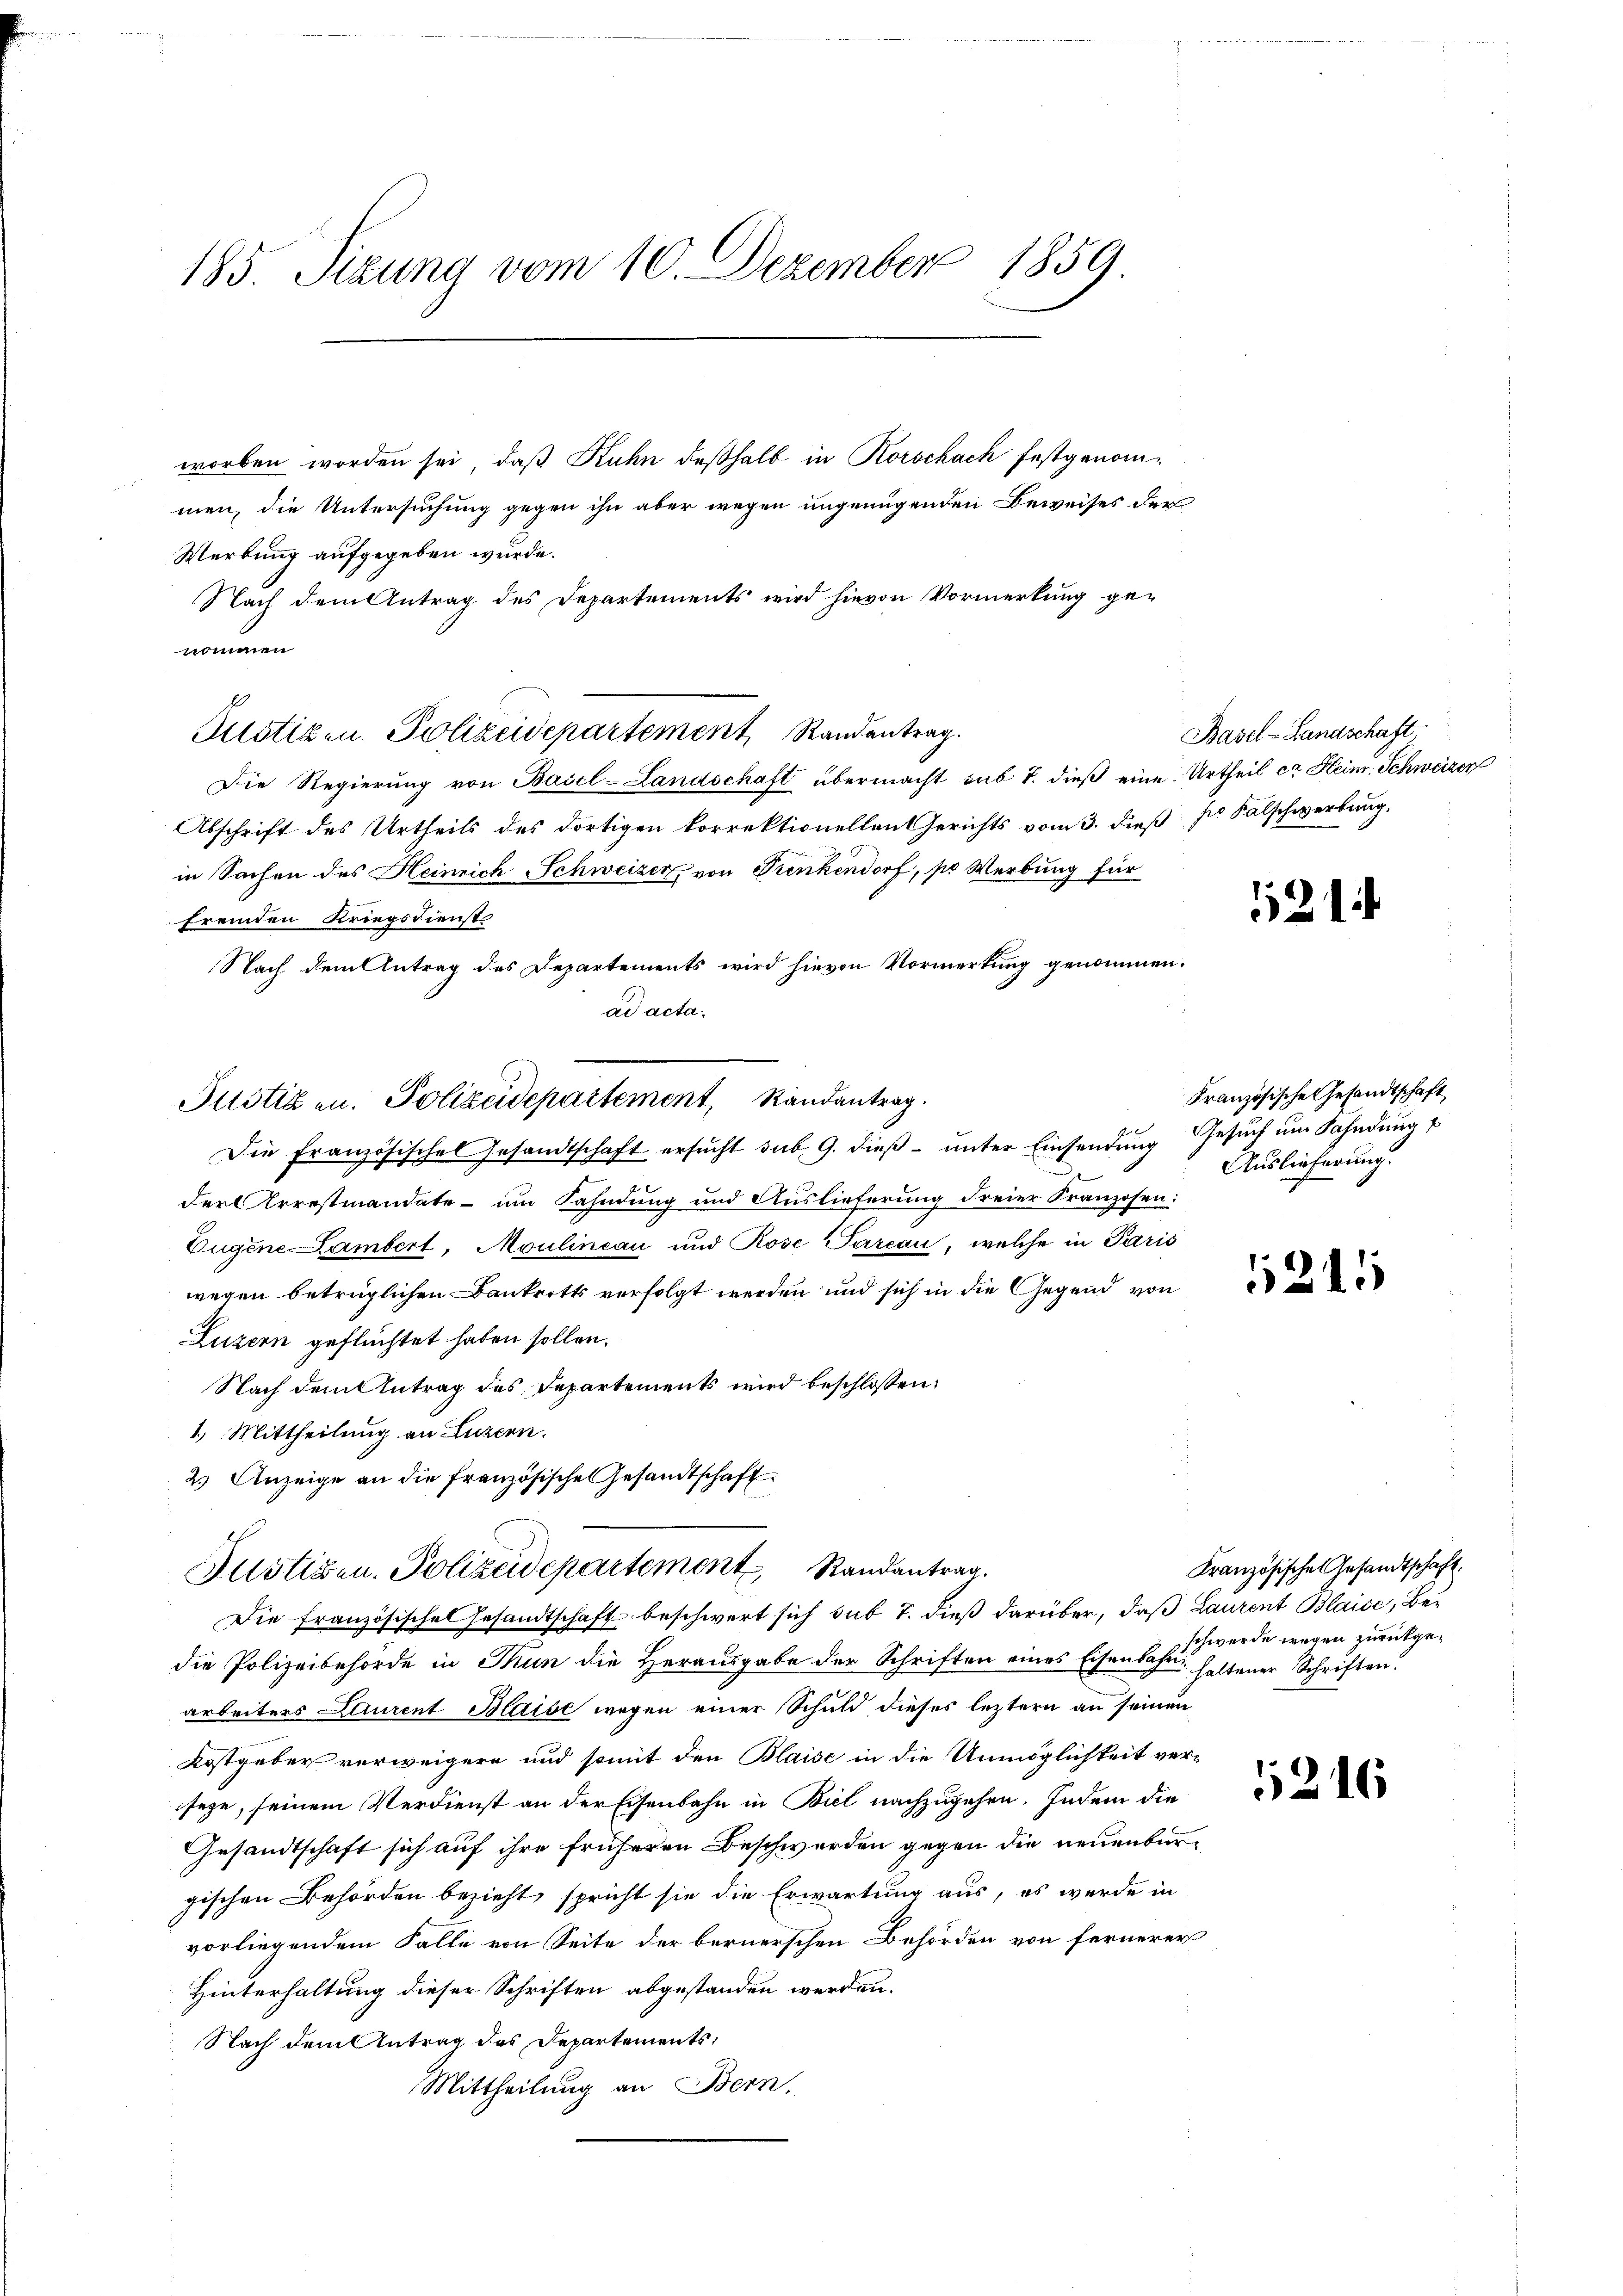
185. Sizung vom 10. Dezember 1859

worben worden sei, daß Kuhn deßhalb in Korschach festgenommen, die Untersuchung gegen ihn aber wegen ungenügenden Beweises der
Werbung aufgegeben wurde.
Nach dem Antrag des Departements wird hievon Vormerkung ge-
Zustizen. Polizeidepartement, Randentrag.
Die Regierung von Basel-Landschaft übermacht sub 7. dieß eine Urtheil ca Heim. Schweizer
Abschrift des Urtheils des dortigen korrektionellanterichts vom 3. dieß zu Falschwerbung.
in Sachen des Heinrich Schweizer von Frenkendorf, po Werbung für
fremden Kriegsdienst
Nach dem Antrag des Departements wird hievon Vormerkung genommen.
ad acta.
Die Französischel Gesandtschaft ersŭcht sub. 9. dieβ ŭnter Einsendŭng Gesŭch ŭm Fahndŭng
Kerner
der Arrestmandate - um Fahndung und Auslieferung dreier Franzosen:
Eugene Lambert, Moulineau und Rose Parcau, welche in Paris
wegen betrüglichen Bankrotts verfolgt werden und sich in die Gegend von
Luzern geflüchtet haben sollen.
Nach dem Antrag des Departements wird beschlossen:
1. Mittheilung an Luzern.
2.) Anzeige an die französische Gesandtschaft
Justigen. Polizeidepartement Randantrag.
Die Französisches Gesandtschaft beschwert sich sub 7. dieß darüber, daß Laurent Blaise, Bedie Polizeibehörde in Thun die Herausgabe der Schriften eines Eisenbahn haltener Schriften.
arbeiters Laurent Blaise wegen einer Schuld dieses leztern an seinen
Kostgeber verweigern und somit den Blaise in die Unmöglichkeit ver-
sege, seinem Verdienst an der Eisenbahn in Biel nachzugehen. Indem die
Gesandtschaft sich auf ihre früheren Beschwerden gegen die neuenburgischen Behörden bezieht spricht sie die Erwartung aus, es werde in
vorliegendem Falle von Seite der bernerschen Behörden von fernerer
Hinterhaltung dieser Schriften abgestanden werden.
Nach dem Antrag des Departements;
Mittheilung an Bern.

nommen

Justizen. Polizeidepartement, Randantrag.

Basel-Landschaft

121

Französische Gesandtschaft
Auslieferung.

1245

Kranzösische Gesandtschaft.
schwerde wegen zurückge¬

5216